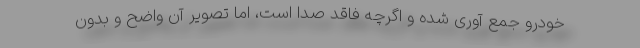
خودرو جمع آوری شده و اگرچه فاقد صدا است، اما تصویر آن واضح و بدون